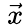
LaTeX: ~{\vec{x}}